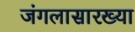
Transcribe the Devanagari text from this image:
जंगलासारख्या